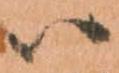
ハ